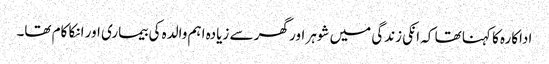
اداکارہ کا کہنا تھا کہ انکی زندگی میں شوہر اور گھر سے زیادہ اہم والدہ کی بیماری اور انکا کام تھا۔